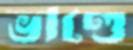
ভাণ্ডে